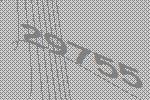
29755